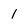
Character: 1